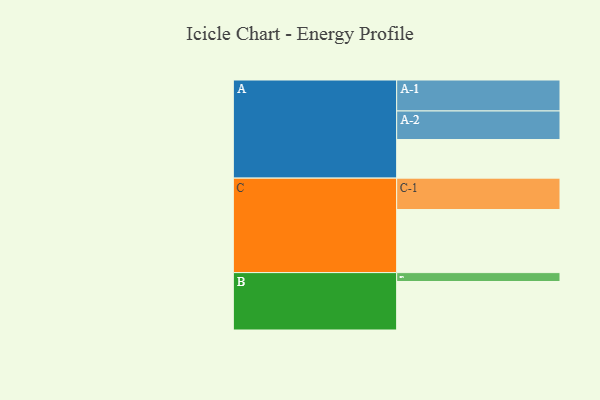
{"axis": {"x": "Segment", "y": "Value"}, "legend": ["", "A", "B", "C"], "data": [{"x": "A", "y": 339, "type": ""}, {"x": "B", "y": 426, "type": ""}, {"x": "C", "y": 554, "type": ""}, {"x": "A-1", "y": 272, "type": "A"}, {"x": "A-2", "y": 251, "type": "A"}, {"x": "B-1", "y": 78, "type": "B"}, {"x": "C-1", "y": 276, "type": "C"}]}